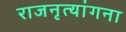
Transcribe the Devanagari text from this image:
राजनृत्यांगना